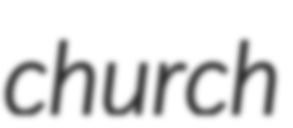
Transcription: church